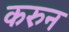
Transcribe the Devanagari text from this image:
करुन